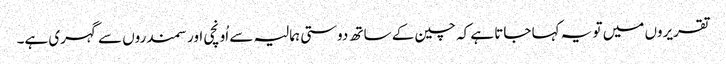
تقریروں میں تو یہ کہا جاتا ہے کہ چین کے ساتھ دوستی ہمالیہ سے اُونچی اور سمندروں سے گہری ہے۔